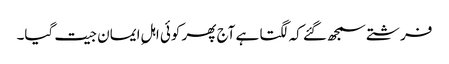
فرشتے سمجھ گئے کہ لگتا ہے آج پھر کوئی اہلِ ایمان جیت گیا۔